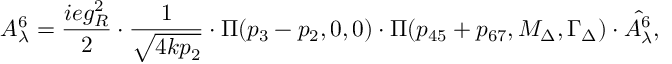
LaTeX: A _ { \lambda } ^ { 6 } = \frac { i e g _ { R } ^ { 2 } } { 2 } \cdot \frac { 1 } { \sqrt { 4 k p _ { 2 } } } \cdot \Pi ( p _ { 3 } - p _ { 2 } , 0 , 0 ) \cdot \Pi ( p _ { 4 5 } + p _ { 6 7 } , M _ { \Delta } , \Gamma _ { \Delta } ) \cdot \hat { A _ { \lambda } ^ { 6 } } ,